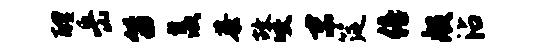
醴岳笛羡恭故咬末筵倍般沾